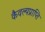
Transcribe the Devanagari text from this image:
कैवल्यप्राप्ति